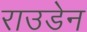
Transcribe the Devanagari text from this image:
राउडेन